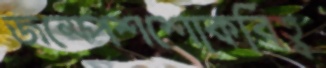
জম্পেশশোকবিহ্ব